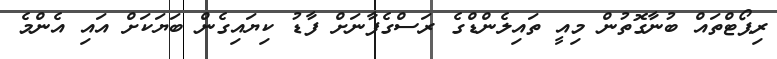
ރިޕޯޓްތައް ބުނާގޮތުން މިއީ ތައިލެންޑްގެ ރަސްގެފާނަށް ފާޑު ކިޔައިގެން ބަޔަކަށް އައި އެންމެ